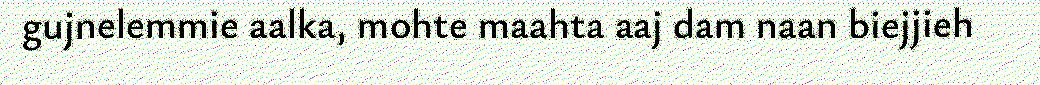
gujnelemmie aalka, mohte maahta aaj dam naan biejjieh